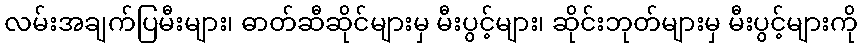
လမ်းအချက်ပြမီးများ၊ ဓာတ်ဆီဆိုင်များမှ မီးပွင့်များ၊ ဆိုင်းဘုတ်များမှ မီးပွင့်များကို